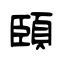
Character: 頣